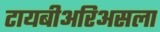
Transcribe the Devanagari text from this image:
टायबीअरिअसला